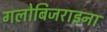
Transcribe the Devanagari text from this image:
गलोबिजराइना